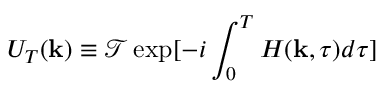
U _ { T } ( \mathbf { k } ) \equiv \mathcal { T } \exp [ - i \int _ { 0 } ^ { T } H ( \mathbf { k } , \tau ) d \tau ]